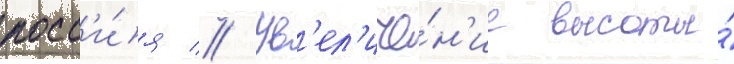
росс'и́я // Ув'ел'иче́н'ие высоты́